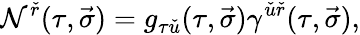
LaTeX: \mathcal{N}^{\check{{r}}}(\tau,\vec{{\sigma}})=g_{\tau\check{{u}}}(\tau,\vec{{\sigma}})\gamma^{\check{{u}}\check{{r}}}(\tau,\vec{{\sigma}}),